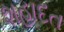
શહાદત